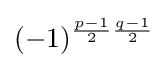
(-1)^{{\frac {p-1}{2}}{\frac {q-1}{2}}}